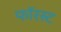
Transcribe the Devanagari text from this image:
फॉरस्ट